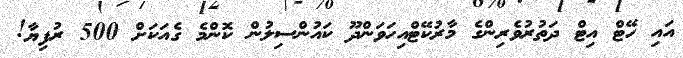
އައި ހޭޓް އިޓް ދަތުރުވެރިންގެ މާރުކޭޓްއިހަވަންދޫ ކައުންސިލުން ކޮންމެ ގެއަކަށް 500 ރުފިޔާ!